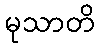
မုသာတိ